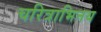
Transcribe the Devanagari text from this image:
चरित्राभिनय